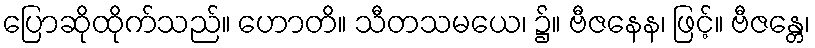
ပြောဆိုထိုက်သည်။ ဟောတိ။ သီတသမယေ၊ ၌။ ဗီဇနေန၊ ဖြင့်။ ဗီဇန္တေ၊